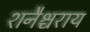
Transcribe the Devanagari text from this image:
शनैश्चराय